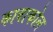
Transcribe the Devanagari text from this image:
कावाकोल